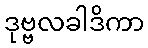
ဒုဗ္ဗလခါဒိကာ